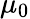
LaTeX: \textstyle\mu_{0}